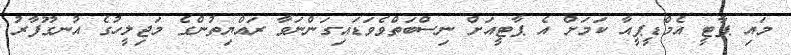
މައި ޕާޓީ އެމްޑީޕީއާ ކަމަށް އެ ޕާޓީއަށް ނިސްބަތްވެވަޑައިގަންނަވާ ރައްޔިތުންގެ މަޖިލީހުގެ އުނގޫފާރު